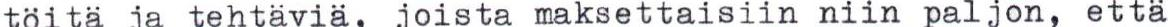
töitä ja tehtäviä, joista maksettaisiin niin paljon, että